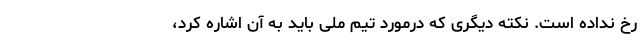
رخ نداده است. نکته دیگری که درمورد تیم ملی باید به آن اشاره کرد،